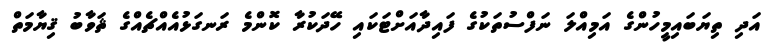
އަދި ތިޔަބައިމީހުންގެ އަމިއްލަ ނަފްސުތަކުގެ ފައިދާއަށްޓަކައި ހޭދަކުރާ ކޮންމެ ރަނގަޅުއެއްޗެއްގެ ޘަވާބު ޤިޔާމަތް